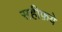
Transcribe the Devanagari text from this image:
सहीफ़ये